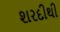
શરદીથી